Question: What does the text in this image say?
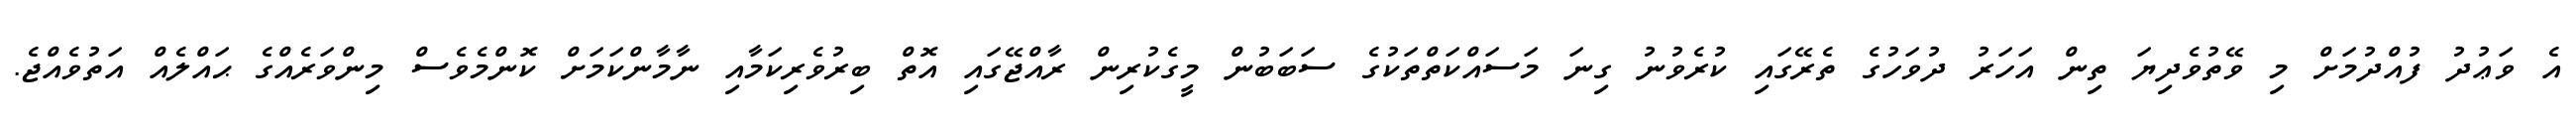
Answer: އެ ވަޢުދު ފުއްދުމަށް މި ވޭތުވެދިޔަ ތިން އަހަރު ދުވަހުގެ ތެރޭގައި ކުރެވުނު ގިނަ މަސައްކަތްތަކުގެ ސަބަބުން މީގެކުރިން ރާއްޖޭގައި އޮތް ބިރުވެރިކަމާއި ނާމާންކަމަށް ކޮންމެވެސް މިންވަރެއްގެ ޙައްލެއް އަތުވެއްޖެ.